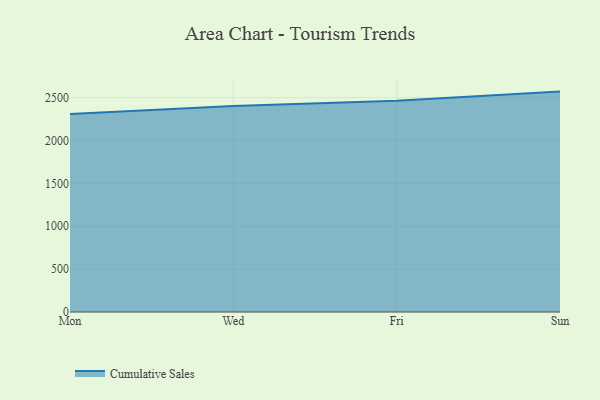
{"axis": {"x": "Day", "y": "Operating Costs (USD K)"}, "legend": ["Cumulative Sales"], "data": [{"x": "Mon", "y": 2308.8, "type": "Cumulative Sales"}, {"x": "Wed", "y": 2403.3, "type": "Cumulative Sales"}, {"x": "Fri", "y": 2463.5, "type": "Cumulative Sales"}, {"x": "Sun", "y": 2570.5, "type": "Cumulative Sales"}]}